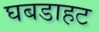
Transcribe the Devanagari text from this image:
घबडाहट